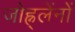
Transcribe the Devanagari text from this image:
जोह्न्लेंनों